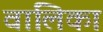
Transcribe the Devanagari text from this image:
वालिका